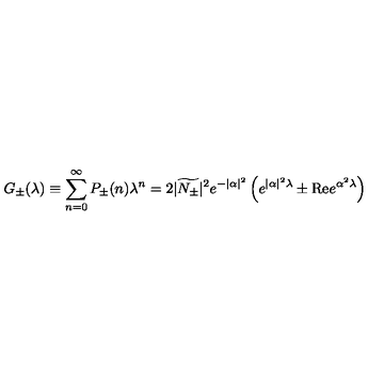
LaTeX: G _ { \pm } ( \lambda ) \equiv \sum _ { n = 0 } ^ { \infty } P _ { \pm } ( n ) \lambda ^ { n } = 2 | \widetilde { N _ { \pm } } | ^ { 2 } e ^ { - | \alpha | ^ { 2 } } \left( e ^ { | \alpha | ^ { 2 } \lambda } \pm \mathrm { R e } e ^ { \alpha ^ { 2 } \lambda } \right)